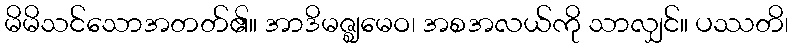
မိမိသင်သောအတတ်၏။ အာဒိမဇ္ဈမေဝ၊ အစအလယ်ကို သာလျှင်။ ပဿတိ၊